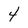
Character: 4